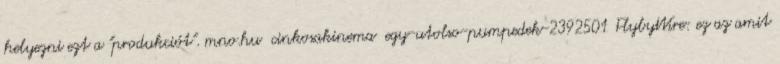
helyezni ezt a "produkciót". mno.hu cinkosakinema egy-utolso-pumpedek-2392501 FlybyWire: ez az amit